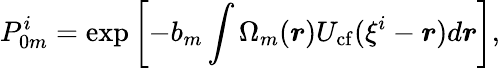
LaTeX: P_{0m}^{i}=\exp\left[-b_{m}\int\Omega_{m}(\boldsymbol{r})U_{\mathrm{cf}}(\xi^{i}-\boldsymbol{r})d\boldsymbol{r}\right],